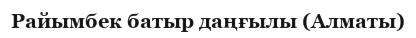
Райымбек батыр даңғылы (Алматы)